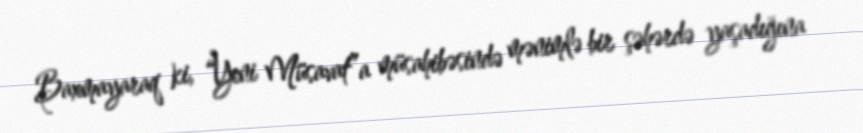
Baxmayaraq ki, “Yeni Müsavat”a müsahibəsində mənimlə bir şəhərdə yaşadığına